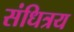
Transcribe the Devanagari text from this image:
संधित्रय